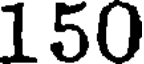
150